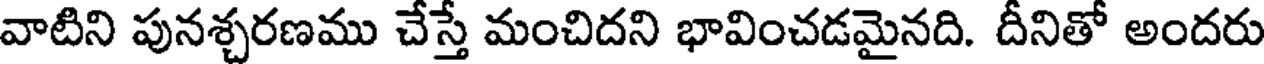
వాటిని పునశ్చరణము చేస్తే మంచిదని భావించడమైనది. దీనితో అందరు